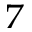
_ 7